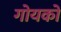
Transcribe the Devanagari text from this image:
गोयको